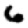
Digit: 6